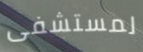
لمستشفى